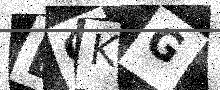
Text: DOKG